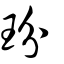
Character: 玢